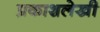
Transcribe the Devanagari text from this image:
प्रकाशलेखी